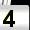
Digit: 4